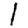
Digit: 1